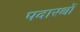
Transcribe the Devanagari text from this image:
पदारथों